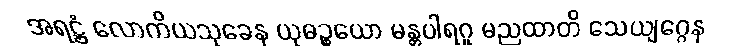
အရဋ္ဌံ လောကိယသုခေန ယုဓဉ္စယော မန္တပါရဂူ မညထာတိ သေယျဂ္ဂေန